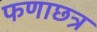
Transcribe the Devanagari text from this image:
फणाछत्र